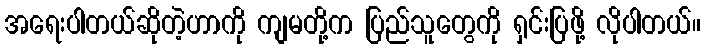
အရေးပါတယ်ဆိုတဲ့ဟာကို ကျမတို့က ပြည်သူတွေကို ရှင်းပြဖို့ လိုပါတယ်။